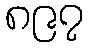
၈၉၇